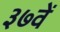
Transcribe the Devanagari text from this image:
३७वें